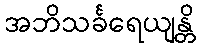
အဘိသင်္ခရေယျန္တိ